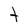
Character: t